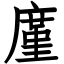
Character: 廑